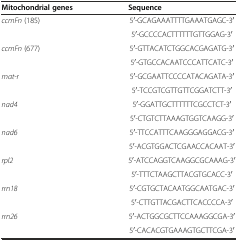
| Mitochondrial genes | Sequence |
 | --- | --- |
 | ccmFn (185) | 5′-GCAGAAATTTTGAAATGAGC-3′ |
 |  | 5′-GCCCCACTTTTTTGTTGGAG-3′ |
 | ccmFn (677) | 5′-GTTACATCTGGCACGAGATG-3′ |
 |  | 5′-GTGCCACAATCCCATTCATC-3′ |
 | mat-r | 5′-GCGAATTCCCCATACAGATA-3′ |
 |  | 5′-TCCGTCGTTGTTCGGATCTT-3′ |
 | nad4 | 5′-GGATTGCTTTTTTCGCCTCT-3′ |
 |  | 5′-CTGTCTTAAAGTGGTCAAGG-3′ |
 | nad6 | 5′-TTCCATTTCAAGGGAGGACG-3′ |
 |  | 5′-ACGTGGACTCGAACCACAAT-3′ |
 | rpl2 | 5′-ATCCAGGTCAAGGCGCAAAG-3′ |
 |  | 5′-TTTCTAAGCTTACGTGCACC-3′ |
 | rrn18 | 5′-CGTGCTACAATGGCAATGAC-3′ |
 |  | 5′-CTTGTTACGACTTCACCCCA-3′ |
 | rrn26 | 5′-ACTGGCGCTTCCAAAGGCGA-3′ |
 |  | 5′-CACACGTGAAAGTGCTTCGA-3′ |